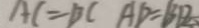
A C = B C A D = B D